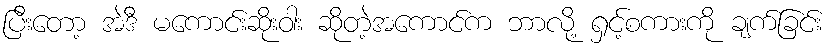
ပြီးတော့ အဲဒီ မကောင်းဆိုးဝါး ဆိုတဲ့အကောင်က ဘာလို့ ရှင့်စကားကို ချက်ခြင်း